Annual statistical returns and brief notes on vaccination in Bengal - 1909-1929
Year: 1909
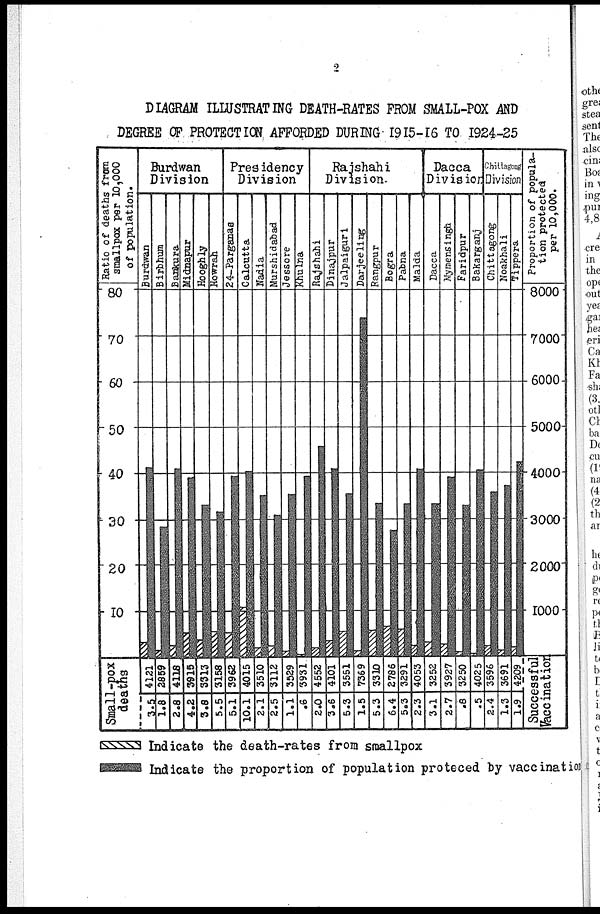
2
DIAGRAM ILLUSTRATING DEATH-RATES FROM SMALL-POX AND
DEGREE OF PROTECTION AFFORDED DURING 1915-16 TO 1924-25